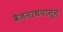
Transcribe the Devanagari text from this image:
वैजनाथपासून